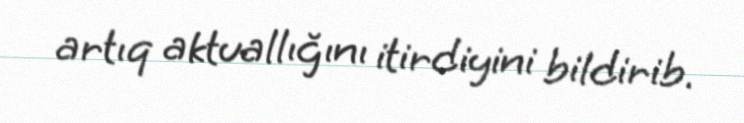
artıq aktuallığını itirdiyini bildirib.